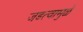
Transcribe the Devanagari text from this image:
जडत्वामुळे